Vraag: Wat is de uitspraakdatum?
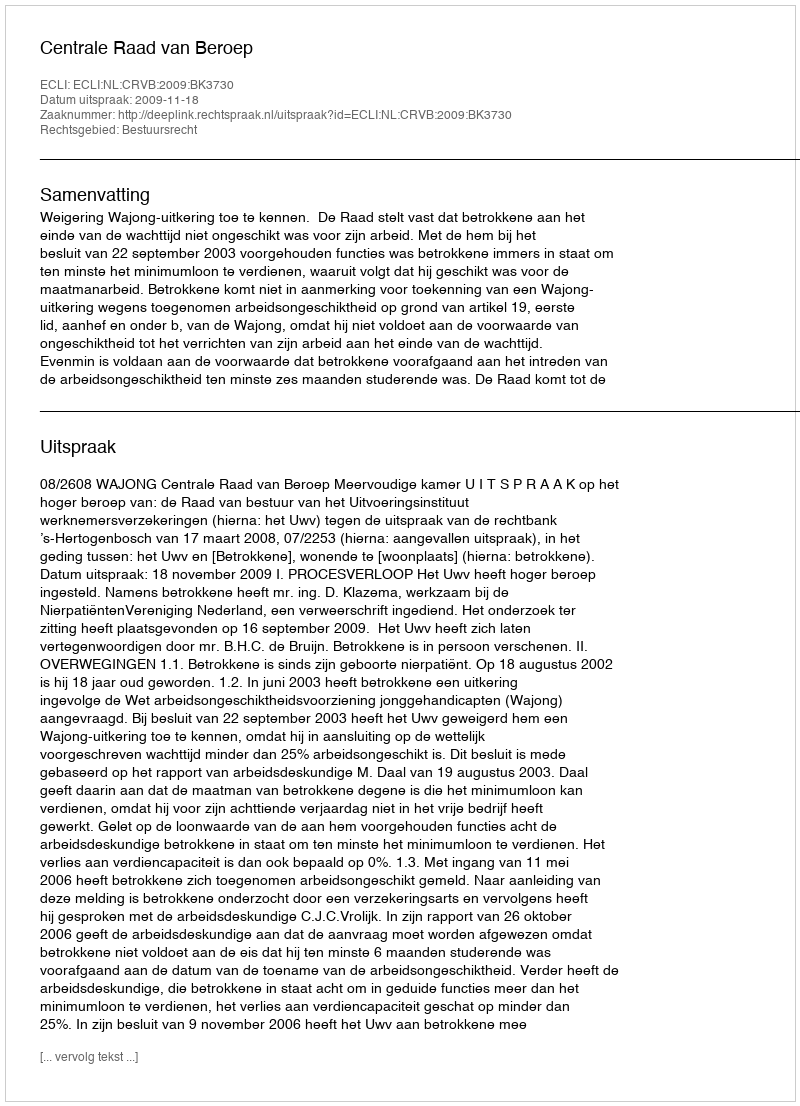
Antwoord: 2009-11-18